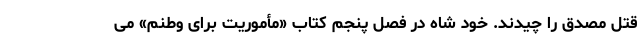
قتل مصدق را چیدند. خود شاه در فصل پنجم کتاب «مأموریت برای وطنم» می